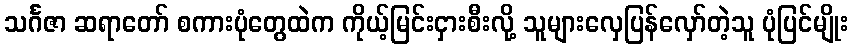
သင်္ဂဇာ ဆရာတော် စကားပုံတွေထဲက ကိုယ့်မြင်းငှားစီးလို့ သူများလှေပြန်လှော်တဲ့သူ ပုံပြင်မျိုး